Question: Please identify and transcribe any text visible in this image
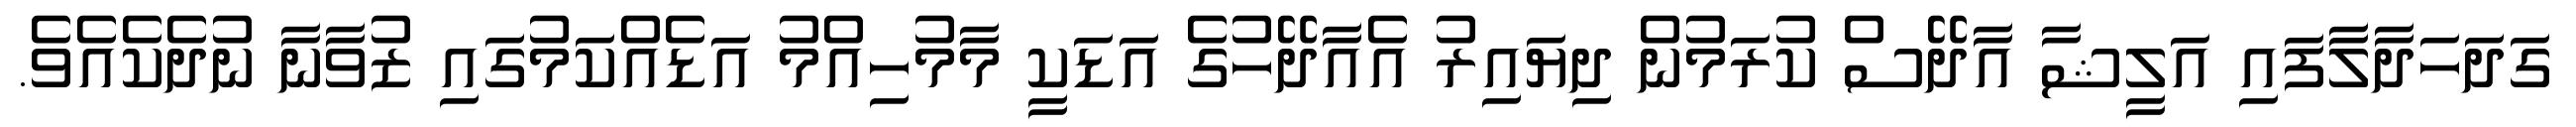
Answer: ގަދަހަދާލާފައި އަލީޝާ އާދޭސް ކުރަމުން ދިޔައިރު އެއާދޭހުގެ އަޑަކީ މާމުހިއްމު އަޑެއްކަމުގައި ޒުވާނާ ނުދެކެއެވެ.